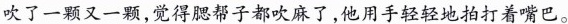
吹了一颗又一颗，觉得腮帮子都吹麻了，他用手轻轻地拍打着嘴巴。